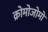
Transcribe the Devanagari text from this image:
क्रोमोजोमों